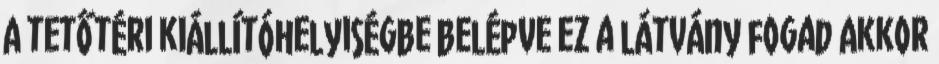
A tetőtéri kiállítóhelyiségbe belépve ez a látvány fogad Akkor